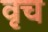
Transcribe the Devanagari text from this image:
वृच